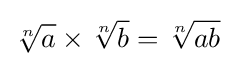
{\sqrt[{n}]{a}}\times {\sqrt[{n}]{b}}={\sqrt[{n}]{ab}}